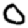
Digit: 0